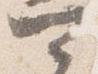
可